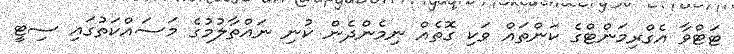
ޓަޓްވާ އެގްރިމަންޓްގެ ކަންތައް ވަކި ގޮތެއް ނިމެންދެން ކުނި ނައްތާލުމުގެ މަސައްކަތުގައި ސިޓީ